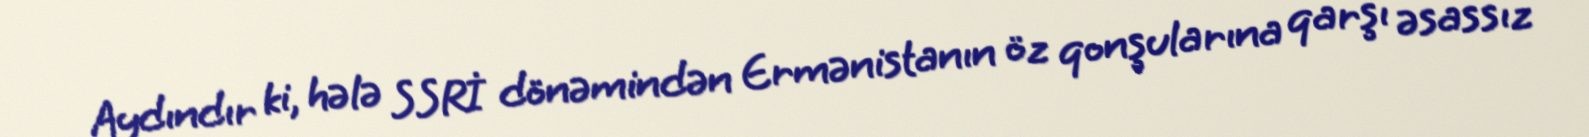
Aydındır ki, hələ SSRİ dönəmindən Ermənistanın öz qonşularına qarşı əsassız